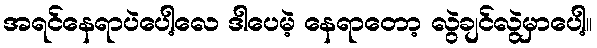
အရင်နေရာပဲပေါ့လေ ဒါပေမဲ့ နေရာတော့ လွဲချင်လွဲမှာပေါ့။